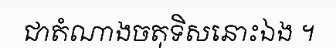
ជាតំណាងចតុទិសនោះឯង ។